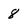
Character: 8